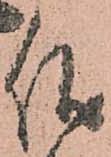
儀